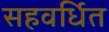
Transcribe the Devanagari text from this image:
सहवर्धित